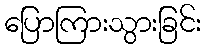
ပြောကြားသွားခြင်း